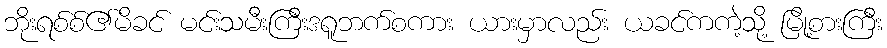
ဘိုးရစ်စ်၏မိခင် မင်းသမီးကြီးဒရူဘက်စကား ယားမှာလည်း ယခင်ကကဲ့သို့ မြို့စားကြီး